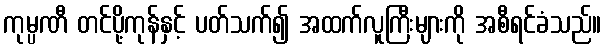
ကုမ္ပဏီ တင်ပို့ကုန်နှင့် ပတ်သက်၍ အထက်လူကြီးများကို အစီရင်ခံသည်။